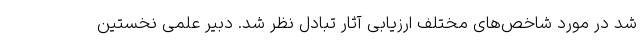
شد در مورد شاخص‌های مختلف ارزیابی آثار تبادل نظر شد. دبیر علمی نخستین